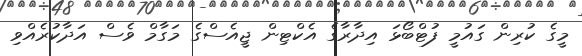
މީގެ ކުރިން ގައުމީ ފުޓްބޯޅަ އިދާރާގެ އެކްޓިން ޖީއެސްގެ މަގާމް ވެސް އަދާކުރެއްވި